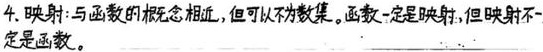
4. 映射与函数的概念相近，但可以不为数集。函数一定是映射，但映射不一定是函数。